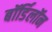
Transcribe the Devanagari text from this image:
बॉर्डिलॉन